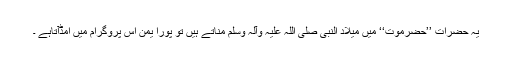
یہ حضرات ’’حضرموت‘‘ میں میلاد النبی صلی اللہ علیہ وآلہ وسلم مناتے ہیں تو پورا یمن اس پروگرام میں اُمڈآتاہے ۔